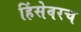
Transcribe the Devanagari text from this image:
हिंसेवरच